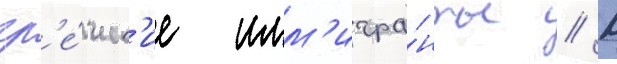
гр'е́ческ'ие имм'игра́нты // К